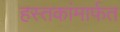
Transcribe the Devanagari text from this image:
हस्तकांमार्फत